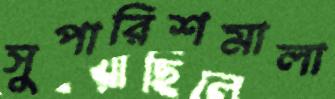
সুপারিশমালা